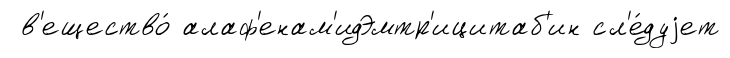
в'ещество́ алаф'енам'идЭмтр'ицитаб'ин сл'е́дуjет